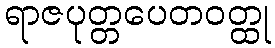
ရာဇပုတ္တပေတဝတ္ထု